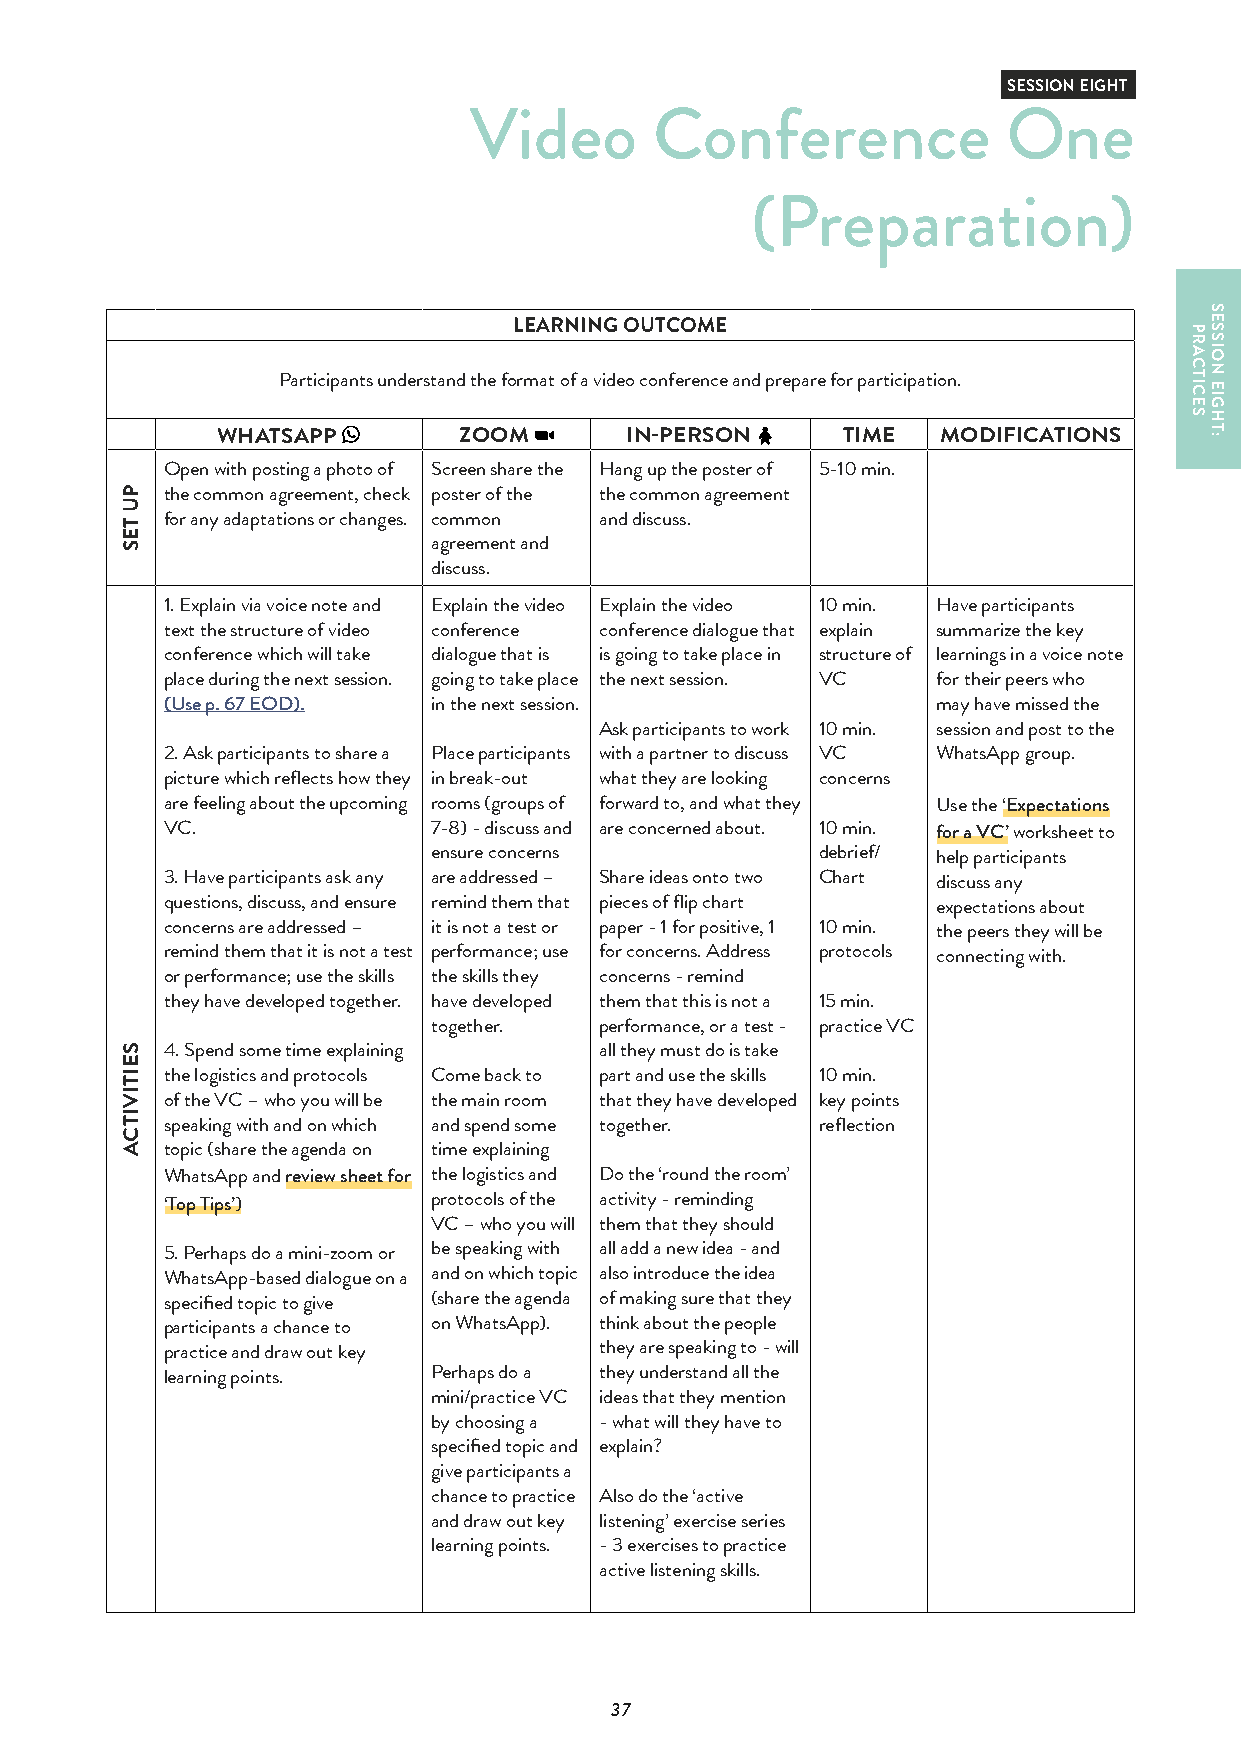
SESSION EIGHT
 Video       Conference              One
 (Preparation)
 LEARNING OUTCOME
 Participants understand the format of a video conference and prepare for participation.
 WHATSAPP        ZOOM       IN-PERSON      TIME  MODIFICATIONS
 Open with posting a photo of Screen share the Hang up the poster of 5-10 min.
 the common agreement, check poster of the the common agreement
 for any adaptations or changes. common and discuss.
 agreement and
 discuss.
 1. Explain via voice note and Explain the video Explain the video 10 min. Have participants
 text the structure of video conference conference dialogue that explain summarize the key
 conference which will take dialogue that is is going to take place in structure of learnings in a voice note
 place during the next session. going to take place the next session. VC for their peers who
 (Use p. 67 EOD).  in the next session.             may have missed the
 Ask participants to work 10 min. session and post to the
 2. Ask participants to share a Place participants with a partner to discuss VC WhatsApp group.
 picture which reflects how they in break-out what they are looking concerns
 are feeling about the upcoming rooms (groups of forward to, and what they Use the ‘Expectations
 VC.               7-8) - discuss and are concerned about. 10 min. for a VC’ worksheet to
 ensure concerns          debrief/ help participants
 3. Have participants ask any are addressed – Share ideas onto two Chart discuss any
 questions, discuss, and ensure remind them that pieces of flip chart expectations about
 concerns are addressed – it is not a test or paper - 1 for positive, 1 10 min. the peers they will be
 remind them that it is not a test performance; use for concerns. Address protocols connecting with.
 or performance; use the skills the skills they concerns - remind
 they have developed together. have developed them that this is not a 15 min.
 together.  performance, or a test - practice VC
 4. Spend some time explaining all they must do is take
 the logistics and protocols Come back to part and use the skills 10 min.
 of the VC – who you will be the main room that they have developed key points
 speaking with and on which and spend some together. reflection
 topic (share the agenda on time explaining
 WhatsApp and review sheet for the logistics and Do the ‘round the room’
 ‘Top Tips’)       protocols of the activity - reminding
 VC – who you will them that they should
 5. Perhaps do a mini-zoom or be speaking with all add a new idea - and
 WhatsApp-based dialogue on a and on which topic also introduce the idea
 specified topic to give (share the agenda of making sure that they
 participants a chance to on WhatsApp). think about the people
 practice and draw out key    they are speaking to - will
 learning points.  Perhaps do a they understand all the
 mini/practice VC ideas that they mention
 by choosing a - what will they have to
 specified topic and explain?
 give participants a
 chance to practice Also do the ‘active
 and draw out key listening’ exercise series
 learning points. - 3 exercises to practice
 active listening skills.
 37
 PU
 TES
 SEITIVITCA
 PRACTICES
 SESSION
 EIGHT: